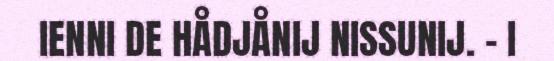
IENNI DE HÅDJÅNIJ NISSUNIJ. – I